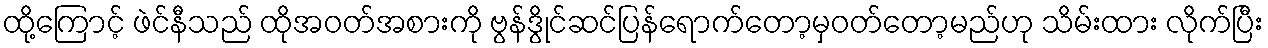
ထို့ကြောင့် ဖဲင်နီသည် ထိုအဝတ်အစားကို ဗွန်ဒွိုင်ဆင်ပြန်ရောက်တော့မှဝတ်တော့မည်ဟု သိမ်းထား လိုက်ပြီး